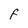
Character: F